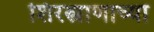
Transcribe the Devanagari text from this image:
शिरस्त्राणाच्या